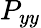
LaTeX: P_{yy}